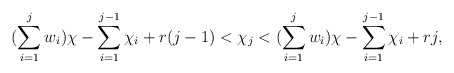
\begin{align*}(\sum\limits_{i=1}^j w_i)\chi - \sum\limits_{i=1}^{j-1}\chi_i + r(j-1) < \chi_j < (\sum\limits_{i=1}^j w_i)\chi - \sum\limits_{i=1}^{j-1}\chi_i + rj,\end{align*}